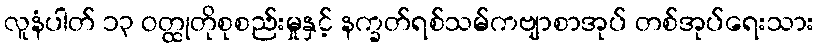
လူနံပါတ် ၁၃ ဝတ္ထုတိုစုစည်းမှုနှင့် နက္ခတ်ရစ်သမ်ကဗျာစာအုပ် တစ်အုပ်ရေးသား